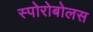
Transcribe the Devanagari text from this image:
स्पोरोबोलस